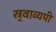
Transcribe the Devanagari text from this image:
स्र्वाव्यपी